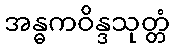
အန္ဓကဝိန္ဒသုတ္တံ